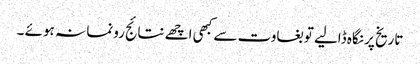
تاریخ پر نگاہ ڈالیے تو بغاوت سے کبھی اچھے نتائج رونما نہ ہوئے ۔